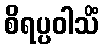
စိရပ္ပဝါသိံ